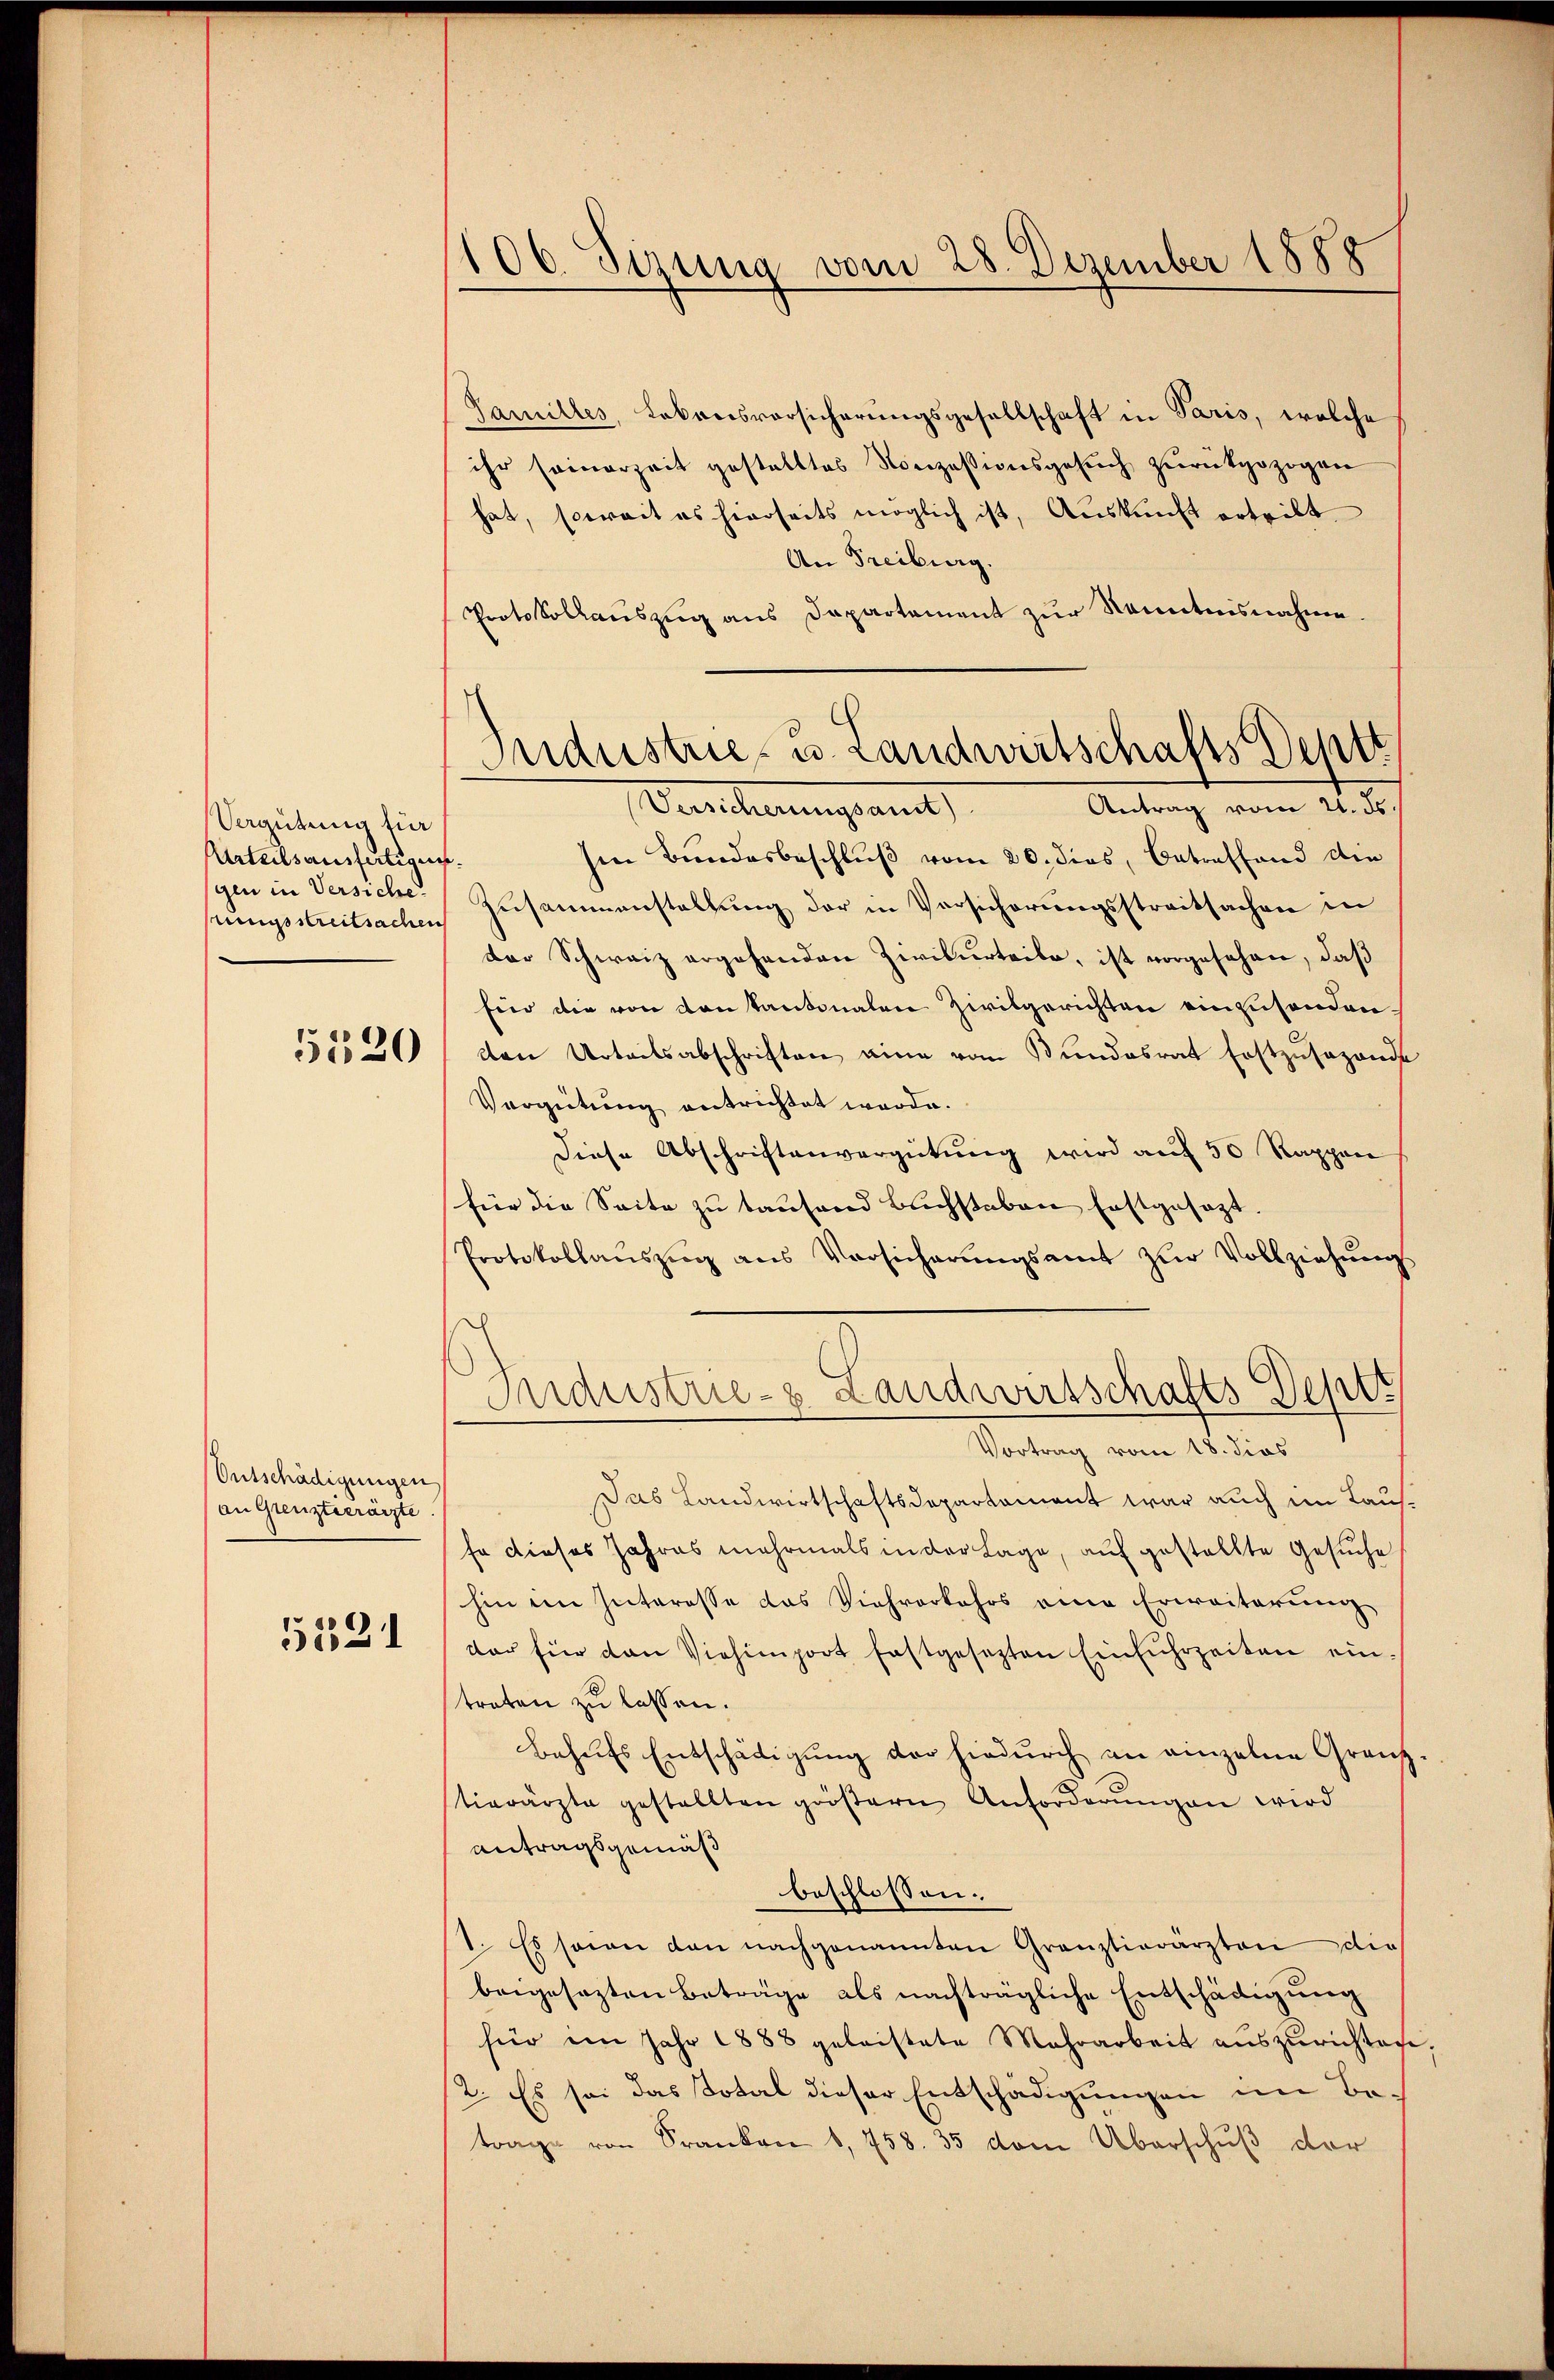
Vergütung für
Urteilsausfertigung.
gen in Versiche
tungsstreitsachen

5520

Entschädigungen
an Grenzteerärzte

5521

106. Sizung vom 28. Dezember 1885

Familles, Lebensversicherungsgesellschaft in Paris, welche
ihr seinerzeit gestalltes Nonzessionsgesŭch zŭrückgezogen
hat, soweit es hierseits möglich ist, Aŭskŭnft erteilt.
An Freiburg.
Protokollauszug aus Departement zur Kenntnisnahme.
Antrag vom 21. ds.
Vereicherungsant,
sen Bundesbeschluß vom 20. dies, betreffend die
Zusammenstellung der in Versicherungsstreitsachen in
der Schweiz ergehenden Zwisurteile, ist vorgesehen, daß
Ein die von den kantonalen Zivilgerichten einzusenden.
tten Urteilsabschriften eine vom Bundesrat Erstzŭsezende
Vergütung entrichtet werde.
Diese Abschriftenvergütung wird auf 50 Rappen
für die Seite zu tausend Buchstaben festgesezt.
Protokollanszŭg ans Versicherŭngsamt zŭr Vollziehŭng.
Industrie- Landwirtschafts Deptt
Vortrag vom 18. dies
Das Landwirtschaftsdepartament war auch im Laus¬
Er dieses Jahres mehrmals in der Lage, auf gestellte Gesuche
hin im Interesse das Viehverkehrs eine Erweiterung
dar für den Viehimport festgesezten Einfuhrzeiten ein.
treten zu lassen.
Behufs Entschädigung der hiedurch an einzelne Granz
tierärzte gestellten gröβern Anforderŭngen wird
antragsgemäß
beschlossen.
1. Es sowie dan nachgenannten Gränztierärzten die
beigesezten Beträge als nachträgliche Entschädigung
für ein Jahr 1888 geleistete Mehrarbeit auszurichten
2. Es sei das Total dieser Entschädigungen im Betrage von Franken 1,758. 35 vom Überschuß der

Industrie- u. Landwirtschafts Deptt